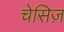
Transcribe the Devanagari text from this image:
चेसिज़